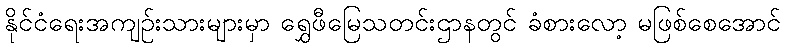
နိုင်ငံရေးအကျဉ်းသားများမှာ ရွှေဖီမြေသတင်းဌာနတွင် ခံစားလော့ မဖြစ်စေအောင်